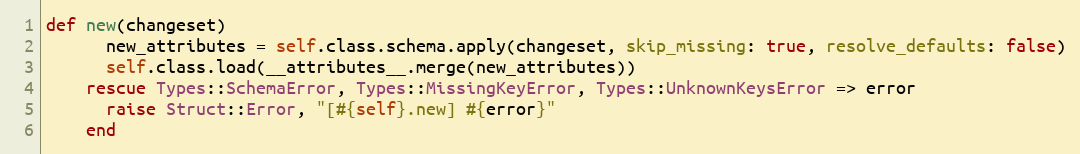
Language: Ruby
def new(changeset)
      new_attributes = self.class.schema.apply(changeset, skip_missing: true, resolve_defaults: false)
      self.class.load(__attributes__.merge(new_attributes))
    rescue Types::SchemaError, Types::MissingKeyError, Types::UnknownKeysError => error
      raise Struct::Error, "[#{self}.new] #{error}"
    end